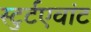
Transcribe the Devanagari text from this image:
स्टुर्टएवांट